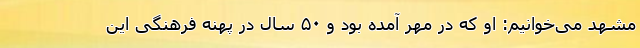
مشهد می‌خوانیم: او که در مهر آمده بود و ۵۰ سال در پهنه فرهنگی این